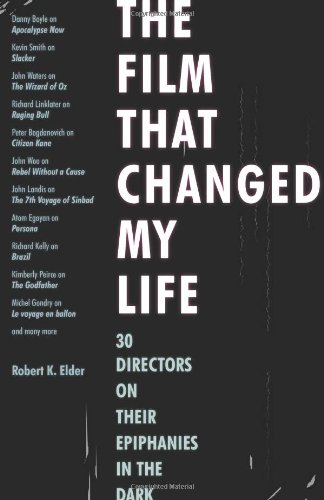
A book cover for The Film That Changed My Life: 30 Directors on Their Epiphanies in the Dark; Robert K. Elder; Humor & Entertainment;